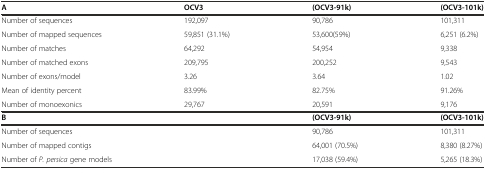
<table><thead><tr><td><b>A</b></td><td><b>OCV3</b></td><td><b>(OCV3-91k)</b></td><td><b>(OCV3-101k)</b></td></tr></thead><tbody><tr><td>Number of sequences</td><td>192,097</td><td>90,786</td><td>101,311</td></tr><tr><td>Number of mapped sequences</td><td>59,851 (31.1%)</td><td>53,600(59%)</td><td>6,251 (6.2%)</td></tr><tr><td>Number of matches</td><td>64,292</td><td>54,954</td><td>9,338</td></tr><tr><td>Number of matched exons</td><td>209,795</td><td>200,252</td><td>9,543</td></tr><tr><td>Number of exons/model</td><td>3.26</td><td>3.64</td><td>1.02</td></tr><tr><td>Mean of identity percent</td><td>83.99%</td><td>82.75%</td><td>91.26%</td></tr><tr><td>Number of monoexonics</td><td>29,767</td><td>20,591</td><td>9,176</td></tr><tr><td colspan="2"><b>B</b></td><td><b>(OCV3-91k)</b></td><td><b>(OCV3-101k)</b></td></tr><tr><td colspan="2">Number of sequences</td><td>90,786</td><td>101,311</td></tr><tr><td colspan="2">Number of mapped contigs</td><td>64,001 (70.5%)</td><td>8,380 (8.27%)</td></tr><tr><td colspan="2">Number of <i>P. persica</i> gene models</td><td>17,038 (59.4%)</td><td>5,265 (18.3%)</td></tr></tbody></table>